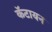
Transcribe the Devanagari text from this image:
कॅटायन